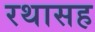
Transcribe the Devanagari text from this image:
रथासह